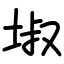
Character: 埱